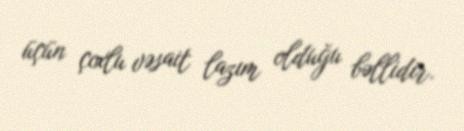
üçün çoxlu vəsait lazım olduğu bəllidir.